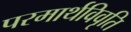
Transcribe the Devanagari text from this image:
परमार्थविवृति